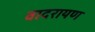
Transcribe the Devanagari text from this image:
वादरायण